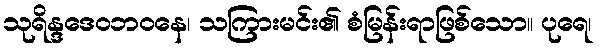
သုရိန္ဒဒေဝဘဝနေ၊ သကြားမင်း၏ စံမြန်းရာဖြစ်သော။ ပုရေ၊